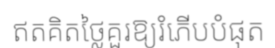
ឥតគិតថ្លៃគួរឱ្យរំភើបបំផុត